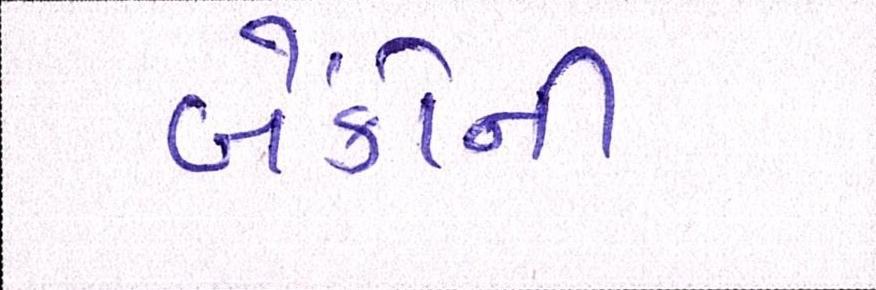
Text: બેંકોની